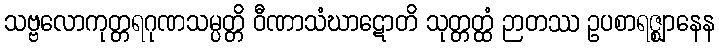
သဗ္ဗလောကုတ္တရဂုဏသမ္ပတ္တိ ဝီဏာသံဃာဋောတိ သုတ္တတ္ထံ ဉာတဿ ဥပစာရဇ္ဈာနေန